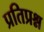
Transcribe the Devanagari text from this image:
प्रतिप्रश्न